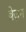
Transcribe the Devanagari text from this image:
ब्रेज़न